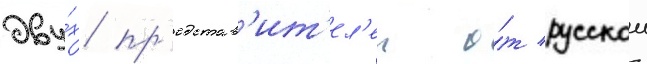
дву́х пр'едстав'ит'ел'еи о́т русскои